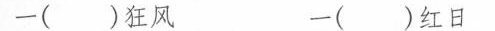
一（ ）狂风 一（ ）红日